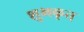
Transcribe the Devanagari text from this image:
शुभकृत्